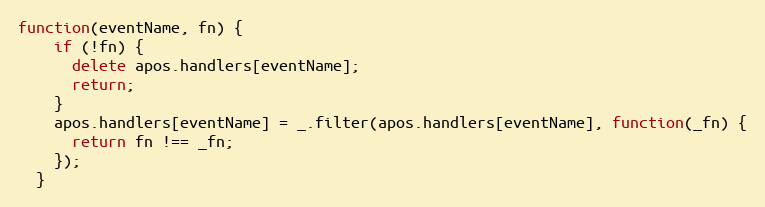
Language: JavaScript
function(eventName, fn) {
    if (!fn) {
      delete apos.handlers[eventName];
      return;
    }
    apos.handlers[eventName] = _.filter(apos.handlers[eventName], function(_fn) {
      return fn !== _fn;
    });
  }